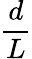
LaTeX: \frac{d}{L}